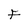
Character: F